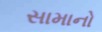
સામાનો